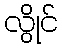
လွိုင်